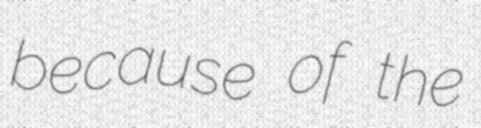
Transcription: because of the